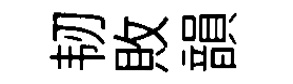
韧敗韻